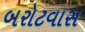
બરોટવાસ